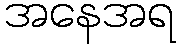
အနေအရ